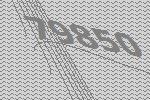
79850